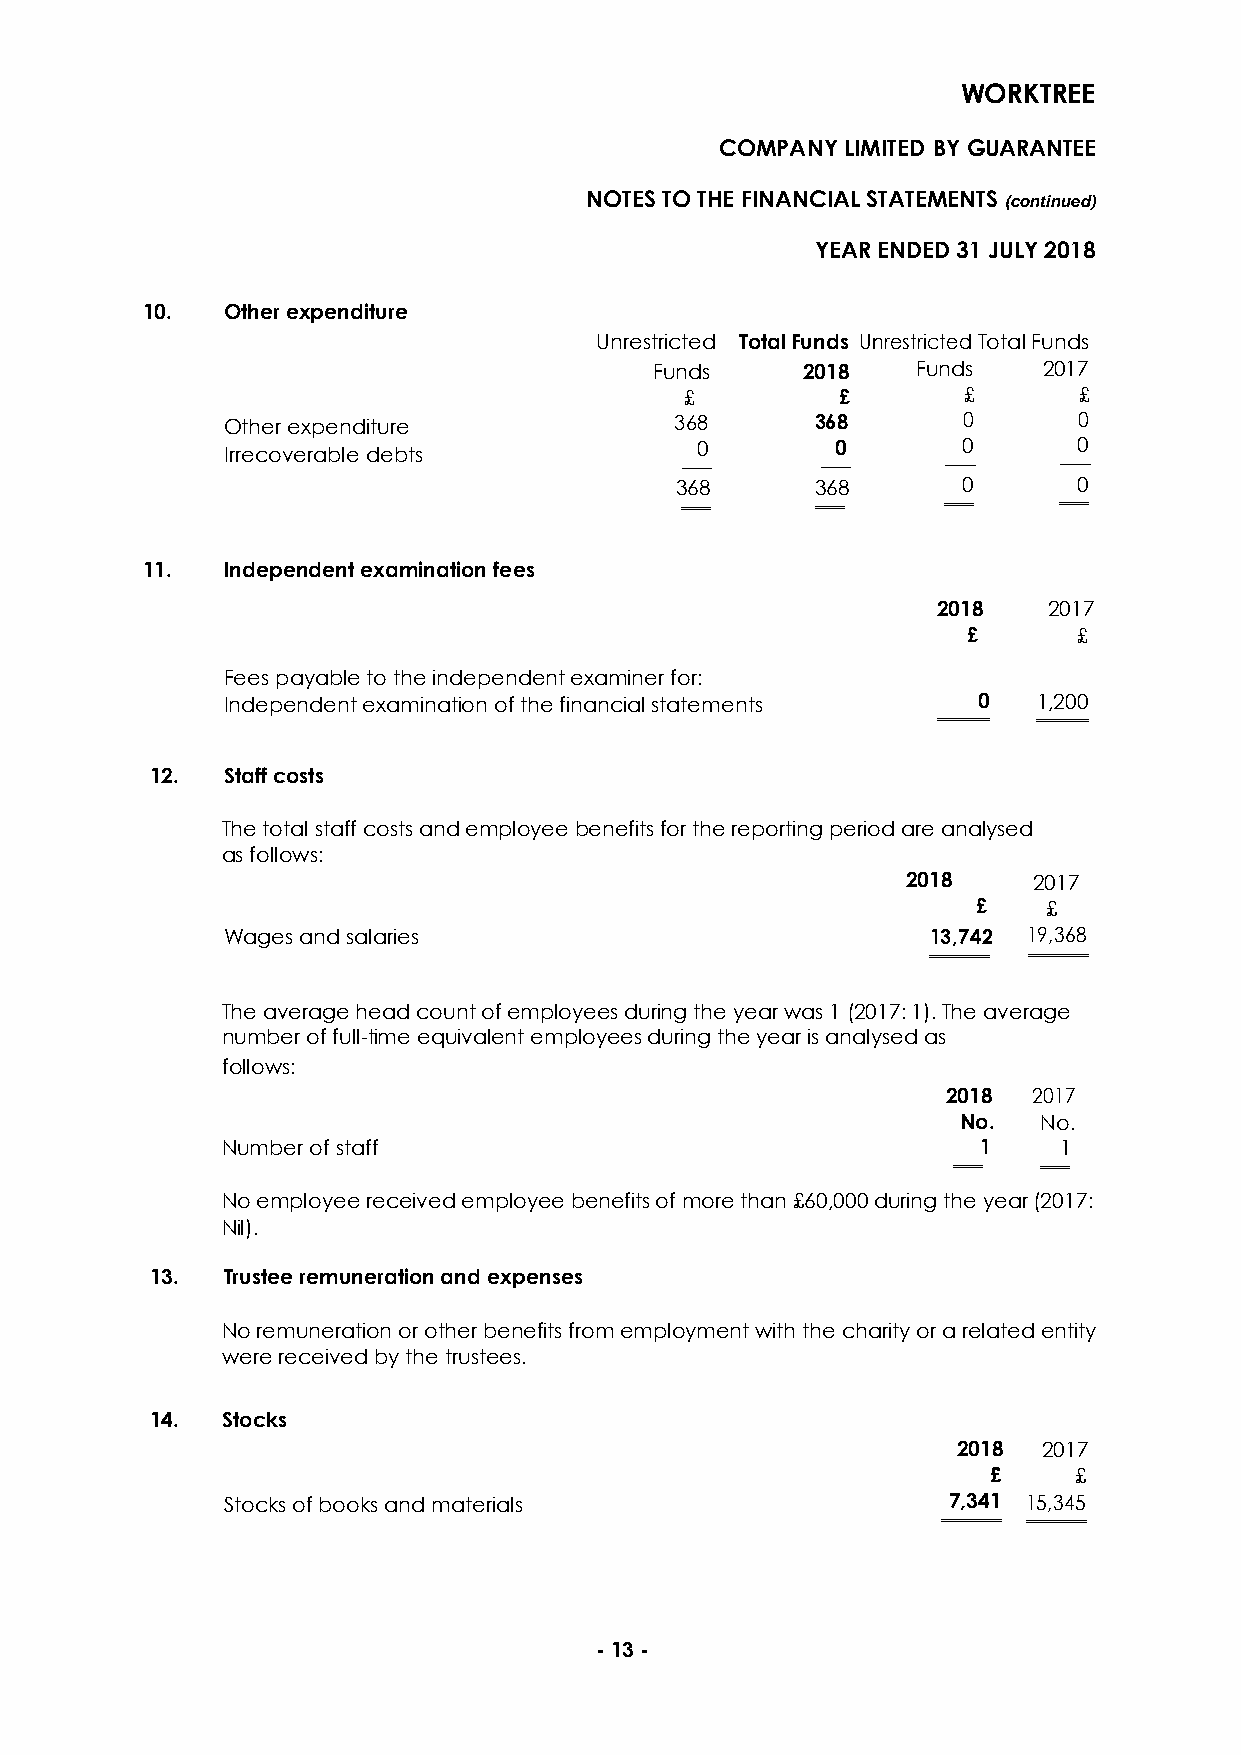
WORKTREE
 COMPANY LIMITED BY GUARANTEE
 NOTES TO THE FINANCIAL STATEMENTS (continued)
 YEAR ENDED 31 JULY 2018
 10.   Other expenditure
 Unrestricted Total Funds Unrestricted Total Funds
 Funds     2018    Funds   2017
 £          £       £      £
 Other expenditure             368      368       0      0
 Irrecoverable debts            0        0        0      0
 ────     ────     ────   ────
 368      368       0      0
 ════     ════    ════    ════
 11.   Independent examination fees
 2018   2017
 £      £
 Fees payable to the independent examiner for:
 Independent examination of the financial statements 0 1,200
 ═══════ ═══════
 12.  Staff costs
 The total staff costs and employee benefits for the reporting period are analysed
 as follows:
 2018    2017
 £   £
 Wages and salaries                             13,742 19,368
 ════════ ════════
 a
 The average head count of employees during the year wnas 1 (2017: 1). The average
 number of full-time equivalent employees during the yeara is analysed as
 l
 follows:
 y
 2018 2017
 s
 No.  No.
 e
 Number of staff                                   1    1
 d
 ════  ════
 No employee received employee benefits of more than £60,000 during the year (2017:
 a
 Nil).
 s
 13.  Trustee remuneration and expenses
 No remuneration or other benefits from employment with the charity or a related entity
 were received by the trustees.
 14.  Stocks
 2018  2017
 £    £
 Stocks of books and materials                   7,341 15,345
 ════════ ════════
 - 13 -